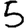
Digit: 5